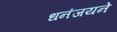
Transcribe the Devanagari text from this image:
धनंजयने